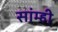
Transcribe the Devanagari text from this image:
सांम्ही